Indian Civil Veterinary Department memoirs
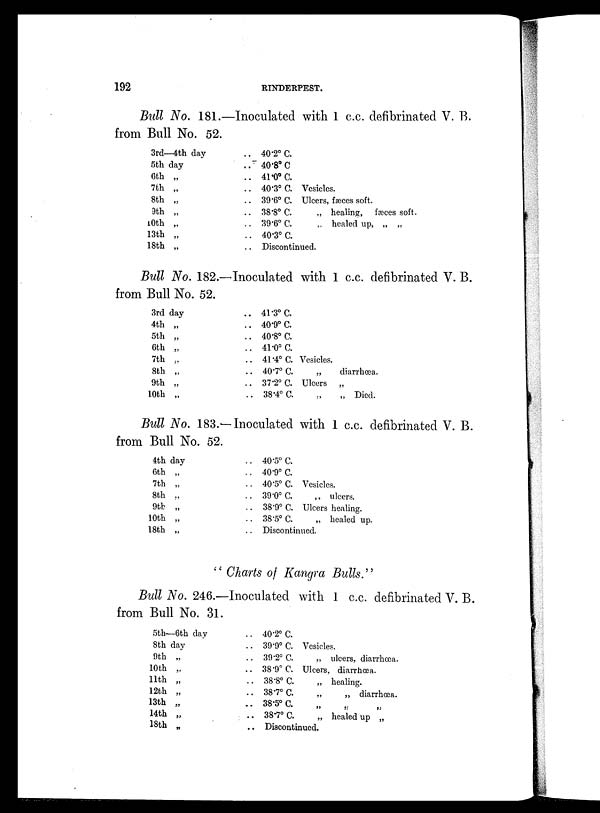
192
RINDERPEST.
Bull No. 181.—Inoculated with 1 c.c. defibrinated V. B.
from Bull No. 52.
3rd—4th day
5th day
6th „
7th „
8th „
9th „
10th „
13th „
18th „
.. 40.2º C.
.. 40.8º C
.. 41.0º C.
.. 40.3º C. Vesicles.
.. 39.6º C. Ulcers, fæces soft.
.. 38.8º C.
„ healing, fæces soft.
.. 39.6º C.
„ healed up, „ „
.. 40.3º C.
.. Discontinued.
Bull No. 182.—Inoculated with 1 c.c. defibrinated V. B.
from Bull No. 52.
3rd day
4th „
5th „
6th „
7th „
8th „
9th „
10th „
.. 41.3º C.
.. 40.9º C.
.. 40.8º C.
.. 41.0º C.
.. 41.4º C. Vesicles.
.. 40.7º C.
„
diarrhœa.
.. 37.2º C. Ulcers „
.. 38.4º C.
„
„ Died.
Bull No. 183.—Inoculated with 1 c.c. defibrinated V. B.
from Bull No. 52.
4th day
6th „
7th „
8th „
9th „
10th „
18th „
.. 40.5º C.
.. 40.9º C.
.. 40.5º C. Vesicles.
.. 39.0º C.
„ ulcers.
.. 38.9º C. Ulcers healing.
.. 38.5º C.
„ healed up.
.. Discontinued.
" Charts of Kangra Bulls."
Bull No. 246.—Inoculated with 1 c.c. defibrinated V. B.
from Bull No. 31.
5th—6th day
8th day
9th „
10th „
11th „
12th „
13th „
14th „
18th „
.. 40.2º C.
.. 39.9º C. Vesicles.
.. 39.2º C.
„ ulcers, diarrhœa.
.. 38.9º C. Ulcers, diarrhœa.
.. 38.8º C.
„ healing.
.. 38.7º C.
„
„ diarrhœa.
.. 38.5º C. „ „ „
.. 38.7º C.
„ healed up „
.. Discontinued.